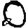
Digit: 0